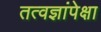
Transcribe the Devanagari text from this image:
तत्वज्ञांपेक्षा